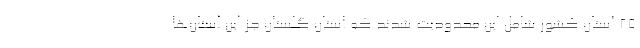
25 استان کشور شامل این محدودیت شدند که استان گلستان جز این استان‌ها